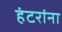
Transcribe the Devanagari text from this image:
हंटरांना